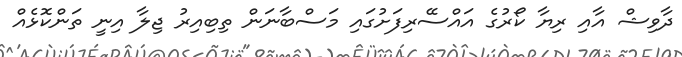
ދާވިޝް އާއި ރިޔާ ކޯރުގެ އައްސޭރިފަށުގައި މަސްބާނަން ތިބިއިރު ޖިލާ އިނީ ތަންކޮޅެއް